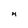
Character: 4